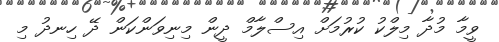
ވީމާ މުދާ މިލްކު ކުރުމަށް އިސްލާމް ދީން މިނިވަންކަން ދޭ ހިނދު މި